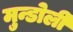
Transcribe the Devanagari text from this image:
मुन्डोली